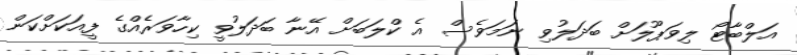
އަލްބާޓޯ ލިވަޕޫލަށް ބަދަލުވި ނަމަވެސް އެ ކްލަބަށް އޭނާ ބަދަލުވީ ކިހާވަރެއްގެ ފީއަކަށްކަން